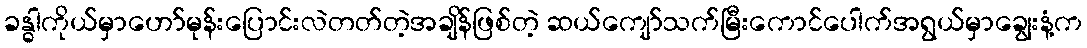
ခန္ဓါကိုယ်မှာဟော်မုန်းပြောင်းလဲတတ်တဲ့အချိန်ဖြစ်တဲ့ ဆယ်ကျော်သက်မြီးကောင်ပေါက်အရွယ်မှာချွေးနံ့က